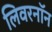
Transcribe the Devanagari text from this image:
लिवरनॉन